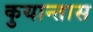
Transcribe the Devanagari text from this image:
कुयान्तास